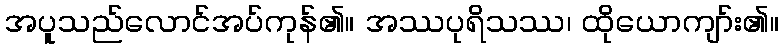
အပူသည်လောင်အပ်ကုန်၏။ အဿပုရိသဿ၊ ထိုယောကျာ်း၏။